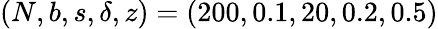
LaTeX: (N,b,s,\delta,z)=(200,0.1,20,0.2,0.5)